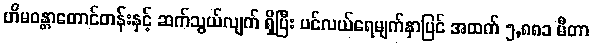
ဟိမဝန္တာတောင်တန်းနှင့် ဆက်သွယ်လျက် ရှိပြီး ပင်လယ်ရေမျက်နှာပြင် အထက် ၅,၈၈၁ မီတာ